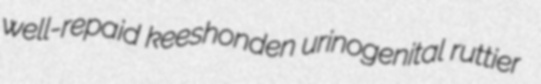
well-repaid keeshonden urinogenital ruttier